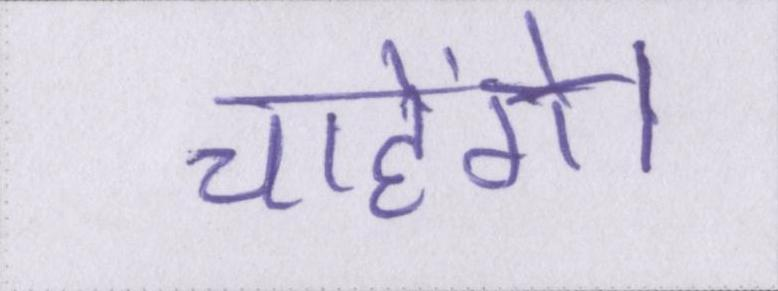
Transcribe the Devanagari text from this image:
चाहेंगे।